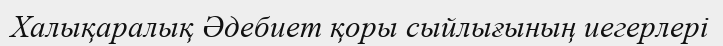
Халықаралық Әдебиет қоры сыйлығының иегерлері